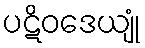
ပဋိဝဒေယျုံ